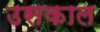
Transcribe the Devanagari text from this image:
उसकाल